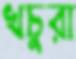
খচুরা